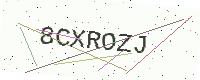
Text: 8CXROZJ